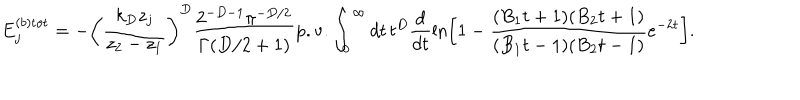
E _ { j } ^ { ( b ) { \mathrm { t o t } } } = - \left( \frac { k _ { D } z _ { j } } { z _ { 2 } - z _ { 1 } } \right) ^ { D } \frac { 2 ^ { - D - 1 } \pi ^ { - D / 2 } } { \Gamma ( D / 2 + 1 ) } { \mathrm { p . v . } } \int _ { 0 } ^ { \infty } d t \, t ^ { D } \frac { d } { d t } \ln \left[ 1 - \frac { ( B _ { 1 } t + 1 ) ( B _ { 2 } t + 1 ) } { ( B _ { 1 } t - 1 ) ( B _ { 2 } t - 1 ) } e ^ { - 2 t } \right] .